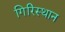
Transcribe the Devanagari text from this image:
गिरिस्थान